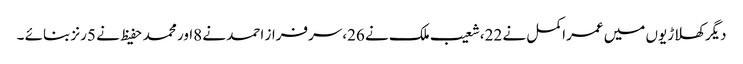
دیگرکھلاڑیوں میں عمراکمل نے 22،شعیب ملک نے 26،سرفراز احمد نے 8اور محمد حفیظ نے 5رنز بنائے ۔